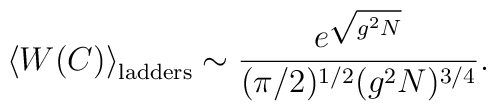
\left< W(C)\right>_{\rm ladders}\sim \frac{e^{\sqrt{g^2N}}}{(\pi/2)^{1/2}(g^2N)^{3/4}}.